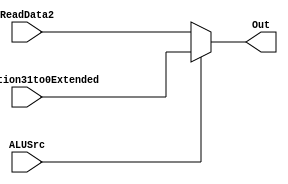
module mux_ALUSrc(input[63:0] ReadData2,input[63:0] Instruction31to0Extended,input ALUSrc,output[63:0] Out);


assign Out = (ALUSrc) ? Instruction31to0Extended:ReadData2 ; 

endmodule